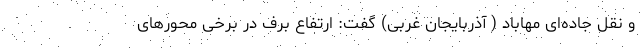
و نقل جاده‌ای مهاباد ( آذربایجان غربی) گفت: ارتفاع برف در برخی محورهای